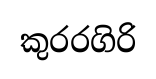
කුරරගිරි